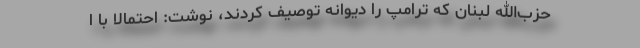
حزب‌الله لبنان که ترامپ را دیوانه توصیف کردند، نوشت: احتمالا با ا